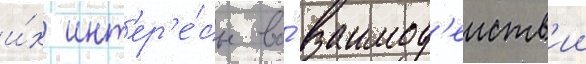
и́х инт'ер'е́сы во́ взаимод'еиств'ии